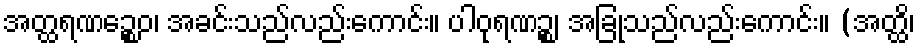
အတ္ထရဏဉ္စေဝ၊ အခင်းသည်လည်းကောင်း။ ပါဝုရဏဉ္စ၊ အခြုံသည်လည်းကောင်း။ (အတ္ထိ၊